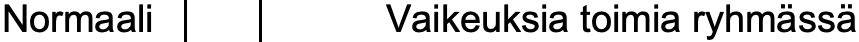
Normaali     Vaikeuksia toimia ryhmässä